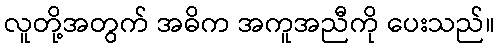
လူတို့အတွက် အဓိက အကူအညီကို ပေးသည်။